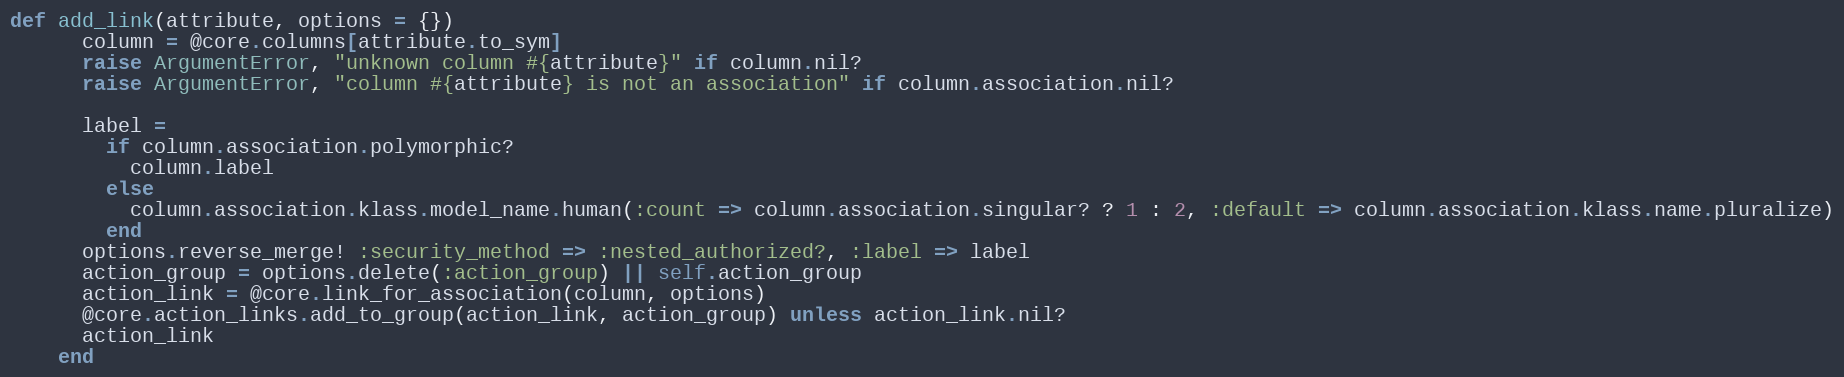
Language: Ruby
def add_link(attribute, options = {})
      column = @core.columns[attribute.to_sym]
      raise ArgumentError, "unknown column #{attribute}" if column.nil?
      raise ArgumentError, "column #{attribute} is not an association" if column.association.nil?

      label =
        if column.association.polymorphic?
          column.label
        else
          column.association.klass.model_name.human(:count => column.association.singular? ? 1 : 2, :default => column.association.klass.name.pluralize)
        end
      options.reverse_merge! :security_method => :nested_authorized?, :label => label
      action_group = options.delete(:action_group) || self.action_group
      action_link = @core.link_for_association(column, options)
      @core.action_links.add_to_group(action_link, action_group) unless action_link.nil?
      action_link
    end